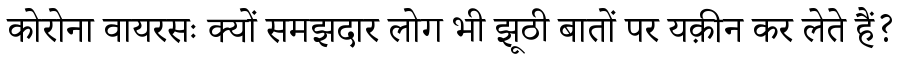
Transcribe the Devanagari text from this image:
कोरोना वायरसः क्यों समझदार लोग भी झूठी बातों पर यक़ीन कर लेते हैं?